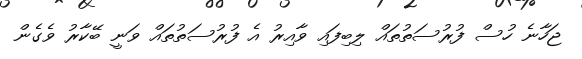
ޖަހާނެ ހުސް ފުރުސަތުތައް ލިބިފައި ވާއިރު އެ ފުރުސަތުތައް ވަނީ ބޭކާރު ވެގެން